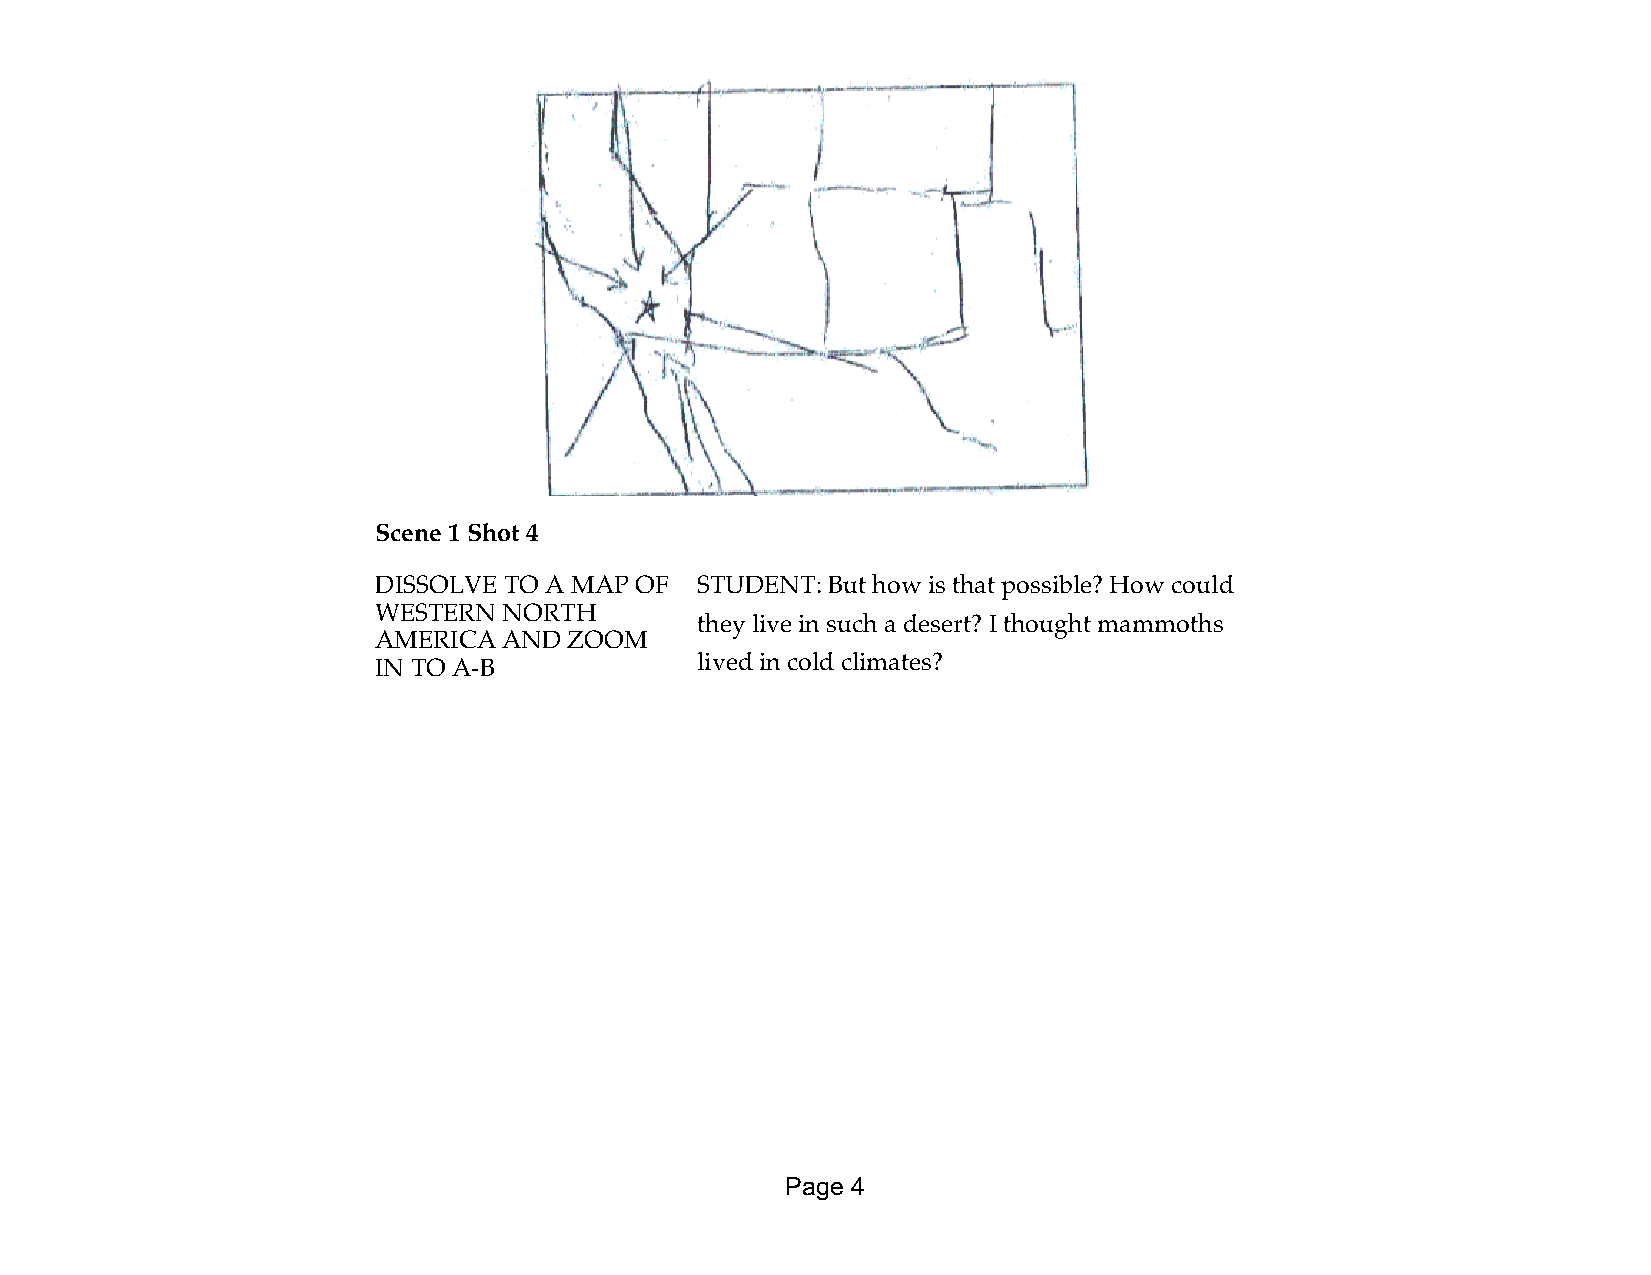
Scene 1 Shot 4
 DISSOLVE TO A MAP OF STUDENT: But how is that possible? How could
 WESTERN NORTH
 they live in such a desert? I thought mammoths
 AMERICA AND  ZOOM
 IN TO A-B            lived in cold climates?
 Page 4